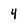
Character: 4